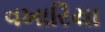
વખારિયા